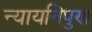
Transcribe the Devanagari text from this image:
न्यायनिपुण